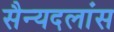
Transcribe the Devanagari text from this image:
सैन्यदलांस